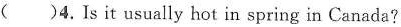
()4. Is it usually hot in spring in Canada?